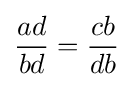
{\frac {ad}{bd}}={\frac {cb}{db}}